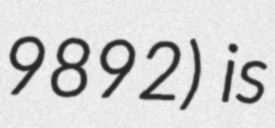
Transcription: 9892) is